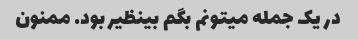
در یک جمله میتونم بگم بینظیر بود. ممنون